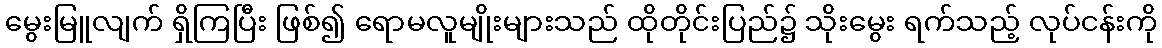
မွေးမြူလျက် ရှိကြပြီး ဖြစ်၍ ရောမလူမျိုးများသည် ထိုတိုင်းပြည်၌ သိုးမွေး ရက်သည့် လုပ်ငန်းကို